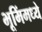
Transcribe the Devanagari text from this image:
भूमिंमध्ये